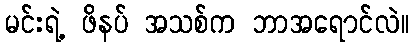
မင်းရဲ့ ဖိနပ် အသစ်က ဘာအရောင်လဲ။